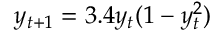
y _ { t + 1 } = 3 . 4 y _ { t } ( 1 - y _ { t } ^ { 2 } )